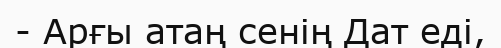
- Арғы атаң сенің Дат еді,